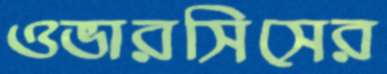
ওভারসিসের